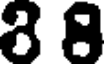
8 8